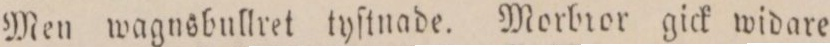
Men wagnsbullret tyſtnade. Morbror gick widare